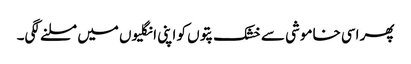
پھر اسی خاموشی سے خشک پتوں کو اپنی انگلیوں میں مسلنے لگی۔